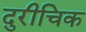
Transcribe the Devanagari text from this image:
दुरीचिक